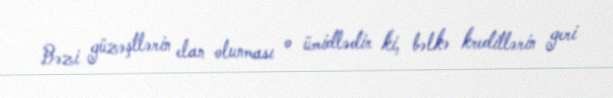
Bəzi güzəştlərin elan olunması o ümidlədir ki, bəlkə kreditlərin geri